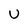
Character: U